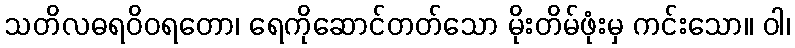
သတိလဓရဝိဝရတော၊ ရေကိုဆောင်တတ်သော မိုးတိမ်ဖုံးမှ ကင်းသော။ ဝါ၊